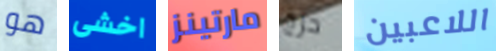
هو اخشى مارتينز حرج اللاعبين